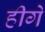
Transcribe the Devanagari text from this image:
हीगे